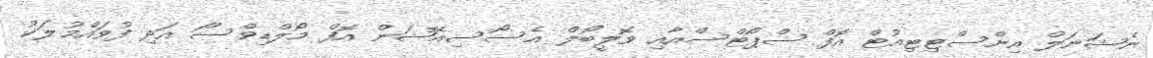
ނެޝަނަަލް އިންސްޓިޓިއުޓް އޮފް ސްޕޯޓްސްއާއި ވޮލީބޯލްް އެސޯސިއޭޝަން އޮފް މޯލްޑިވްސްަ އަދި ފުވައްމުލަކު